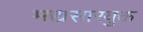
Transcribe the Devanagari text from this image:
मद्यसारयुक्त